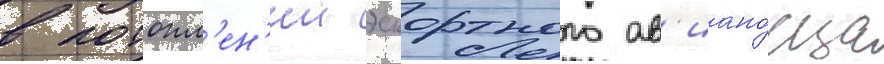
в потопл'ен'ии эскортного ав'иано́сца